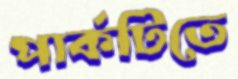
পার্কটিতে